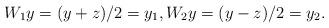
LaTeX: \begin{align*}W_1 y = (y + z)/2 = y_1, W_2 y = (y-z)/2 = y_2. \end{align*}